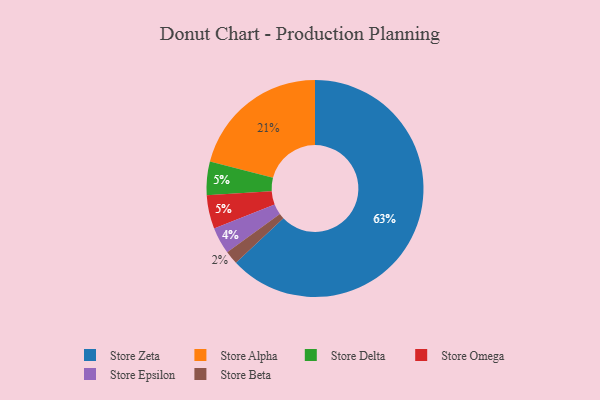
{"axis": {"x": "Category", "y": "Percentage"}, "legend": ["Store Alpha", "Store Beta", "Store Delta", "Store Epsilon", "Store Omega", "Store Zeta"], "data": [{"x": "Store Delta", "y": 5, "type": "Store Delta"}, {"x": "Store Epsilon", "y": 4, "type": "Store Epsilon"}, {"x": "Store Alpha", "y": 21, "type": "Store Alpha"}, {"x": "Store Zeta", "y": 63, "type": "Store Zeta"}, {"x": "Store Omega", "y": 5, "type": "Store Omega"}, {"x": "Store Beta", "y": 2, "type": "Store Beta"}]}